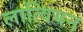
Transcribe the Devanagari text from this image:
लात्वियन